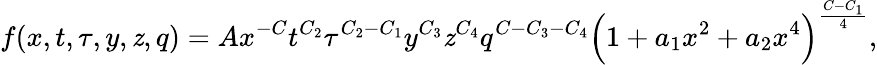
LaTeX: f(x,t,\tau,y,\mathit{z},q)=Ax^{-C}t^{C_{2}}\tau^{C_{2}-C_{1}}y^{C_{3}}\mathit{z}^{C_{4}}q^{C-C_{3}-C_{4}}\Bigl(1+a_{1}x^{2}+a_{2}x^{4}\Bigr)^{{\frac{{C-C_{1}}}{{4}}}},